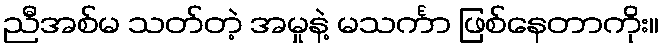
ညီအစ်မ သတ်တဲ့ အမှုနဲ့ မသင်္ကာ ဖြစ်နေတာကိုး။